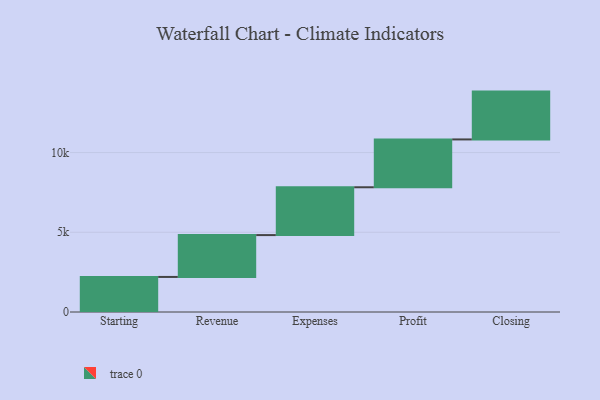
{"axis": {"x": "Step", "y": "Value"}, "legend": [""], "data": [{"x": "Starting", "y": 2199.0, "type": ""}, {"x": "Revenue", "y": 2625.0, "type": ""}, {"x": "Expenses", "y": 3000, "type": ""}, {"x": "Profit", "y": 3000, "type": ""}, {"x": "Closing", "y": 3000, "type": ""}]}